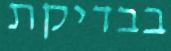
בבדיקת